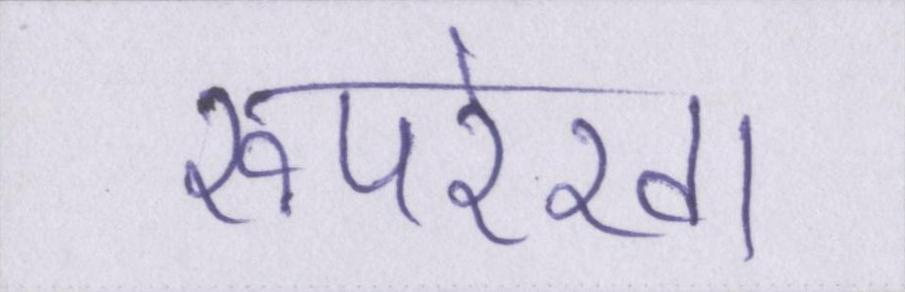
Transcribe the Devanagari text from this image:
रूपरेखा